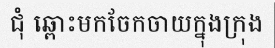
ជុំ ឆ្ពោះមកចែកចាយក្នុងក្រុង